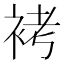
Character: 𧙲